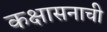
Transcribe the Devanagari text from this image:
कक्षासनाची